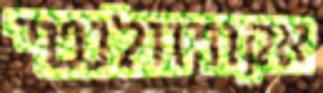
אקוויוולנטי